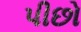
પીછો